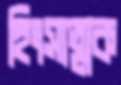
হিংসাত্মক